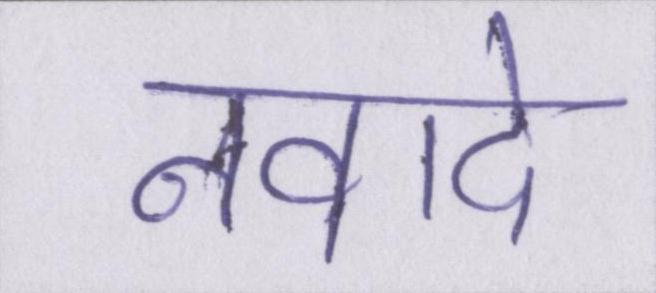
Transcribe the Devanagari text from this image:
नवादे